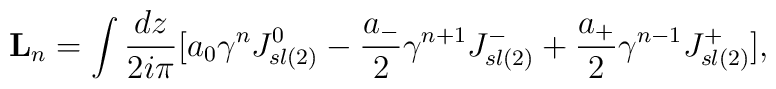
{\bf L}_{n}=\int {dz\over {2i\pi}}\lbrack a_{0}{{\gamma}^{n}}J_{sl(2)}^{0}- { a_{-}\over 2} {{\gamma}^{n+1}}J_{sl(2)}^{-}+ { a_{+}\over 2} {{\gamma}^{n-1}}J_{sl(2)}^{+}\rbrack,